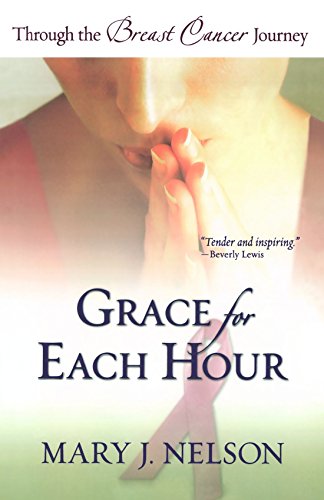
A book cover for Grace for Each Hour: Through the Breast Cancer Journey; Mary J. Nelson; Health, Fitness & Dieting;